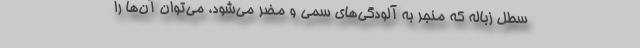
سطل زباله که منجر به آلودگی‌های سمی و مضر می‌شود، می‌توان آن‌ها را